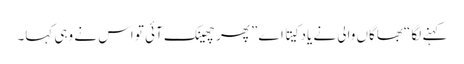
کہنے لگا “بھاگاں والی نے یاد کیتا اے” پھر چھینک آئی تو اس نے وہی کہا۔